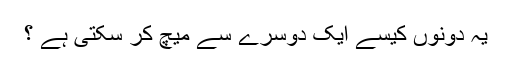
یہ دونوں کیسے ایک دوسرے سے میچ کر سکتی ہے ؟